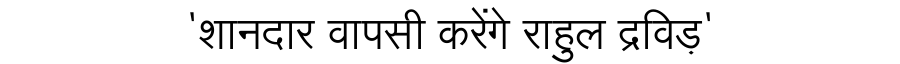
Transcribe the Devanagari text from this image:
'शानदार वापसी करेंगे राहुल द्रविड़'